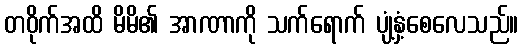
တဝိုက်အထိ မိမိ၏ အာဏာကို သက်ရောက် ပျံ့နှံ့စေလေသည်။